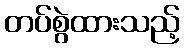
တပ်စွဲထားသည့်